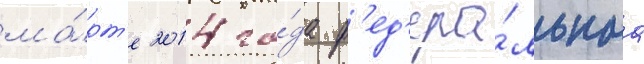
ма́рт'е 2014 го́да ф'ед'ера́льнаа